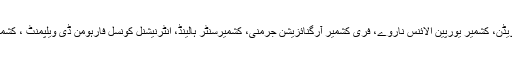
مظاہرے میں ورلڈ کشمیردائس پورہ الائنس کنیڈا، کشمیر کمیٹی سویڈن، کشمیر یورپین الائنس ناروے، فری کشمیر آرگنائزیشن جرمنی، کشمیرسنٹر ہالینڈ، انٹرنیشنل کونسل فارہومن ڈی ویلپمنٹ ، کشمیرانفو، جے کے ایل یف بلجیم ودیگر تنظیموں کا تعاون حاصل تھا۔